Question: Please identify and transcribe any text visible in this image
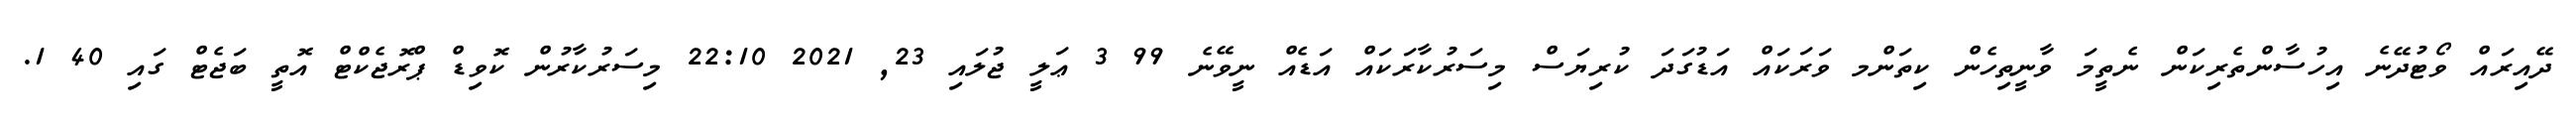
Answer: ދޭއިރައް ވޯޓުދޭނެ އިހުސާންތެރިކަން ނެތީމަ ވާނީތިހެން ކިތަންމ ވަރަކައް އަޑުގަދަ ކުރިޔަސް މިސަރުކާރަކައް އަޑެއް ނީވޭނެ 99 3 ޢަލީ ޖުލައި 23, 2021 22:10 މިސަރުކާރުން ކޮވިޑް ޕްރޮޖެކްޓް އޮތީ ބަޖެޓް ގައި 40 1.